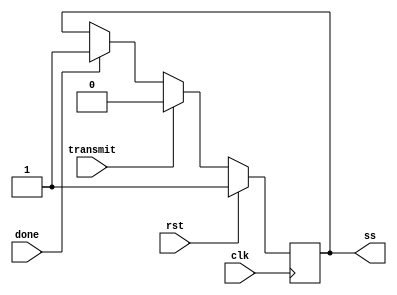
module ss(
    input rst,
    input clk,
    input transmit,
    input done,
    output ss
    );
    
    reg     ss = 1'b1;

    //-----------------------------------------------
    //			  Generates Slave Select Signal
    //-----------------------------------------------
    always @(posedge clk)
    begin: ssprocess
        
        begin
            //reset state, ss goes high ( disabled )
            if (rst == 1'b1)
                ss <= 1'b1;
            //if transmitting, then ss goes low ( enabled )
            else if (transmit == 1'b1)
                ss <= 1'b0;
            //if done, then ss goes high ( disabled )
            else if (done == 1'b1)
                ss <= 1'b1;
        end
    end
    
endmodule